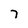
Character: 7